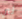
لي